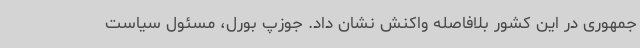
جمهوری در این کشور بلافاصله واکنش نشان داد. جوزپ بورل، مسئول سیاست